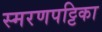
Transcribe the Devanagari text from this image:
स्मरणपट्टिका